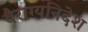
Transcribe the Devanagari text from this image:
वैराग्यनिदेश